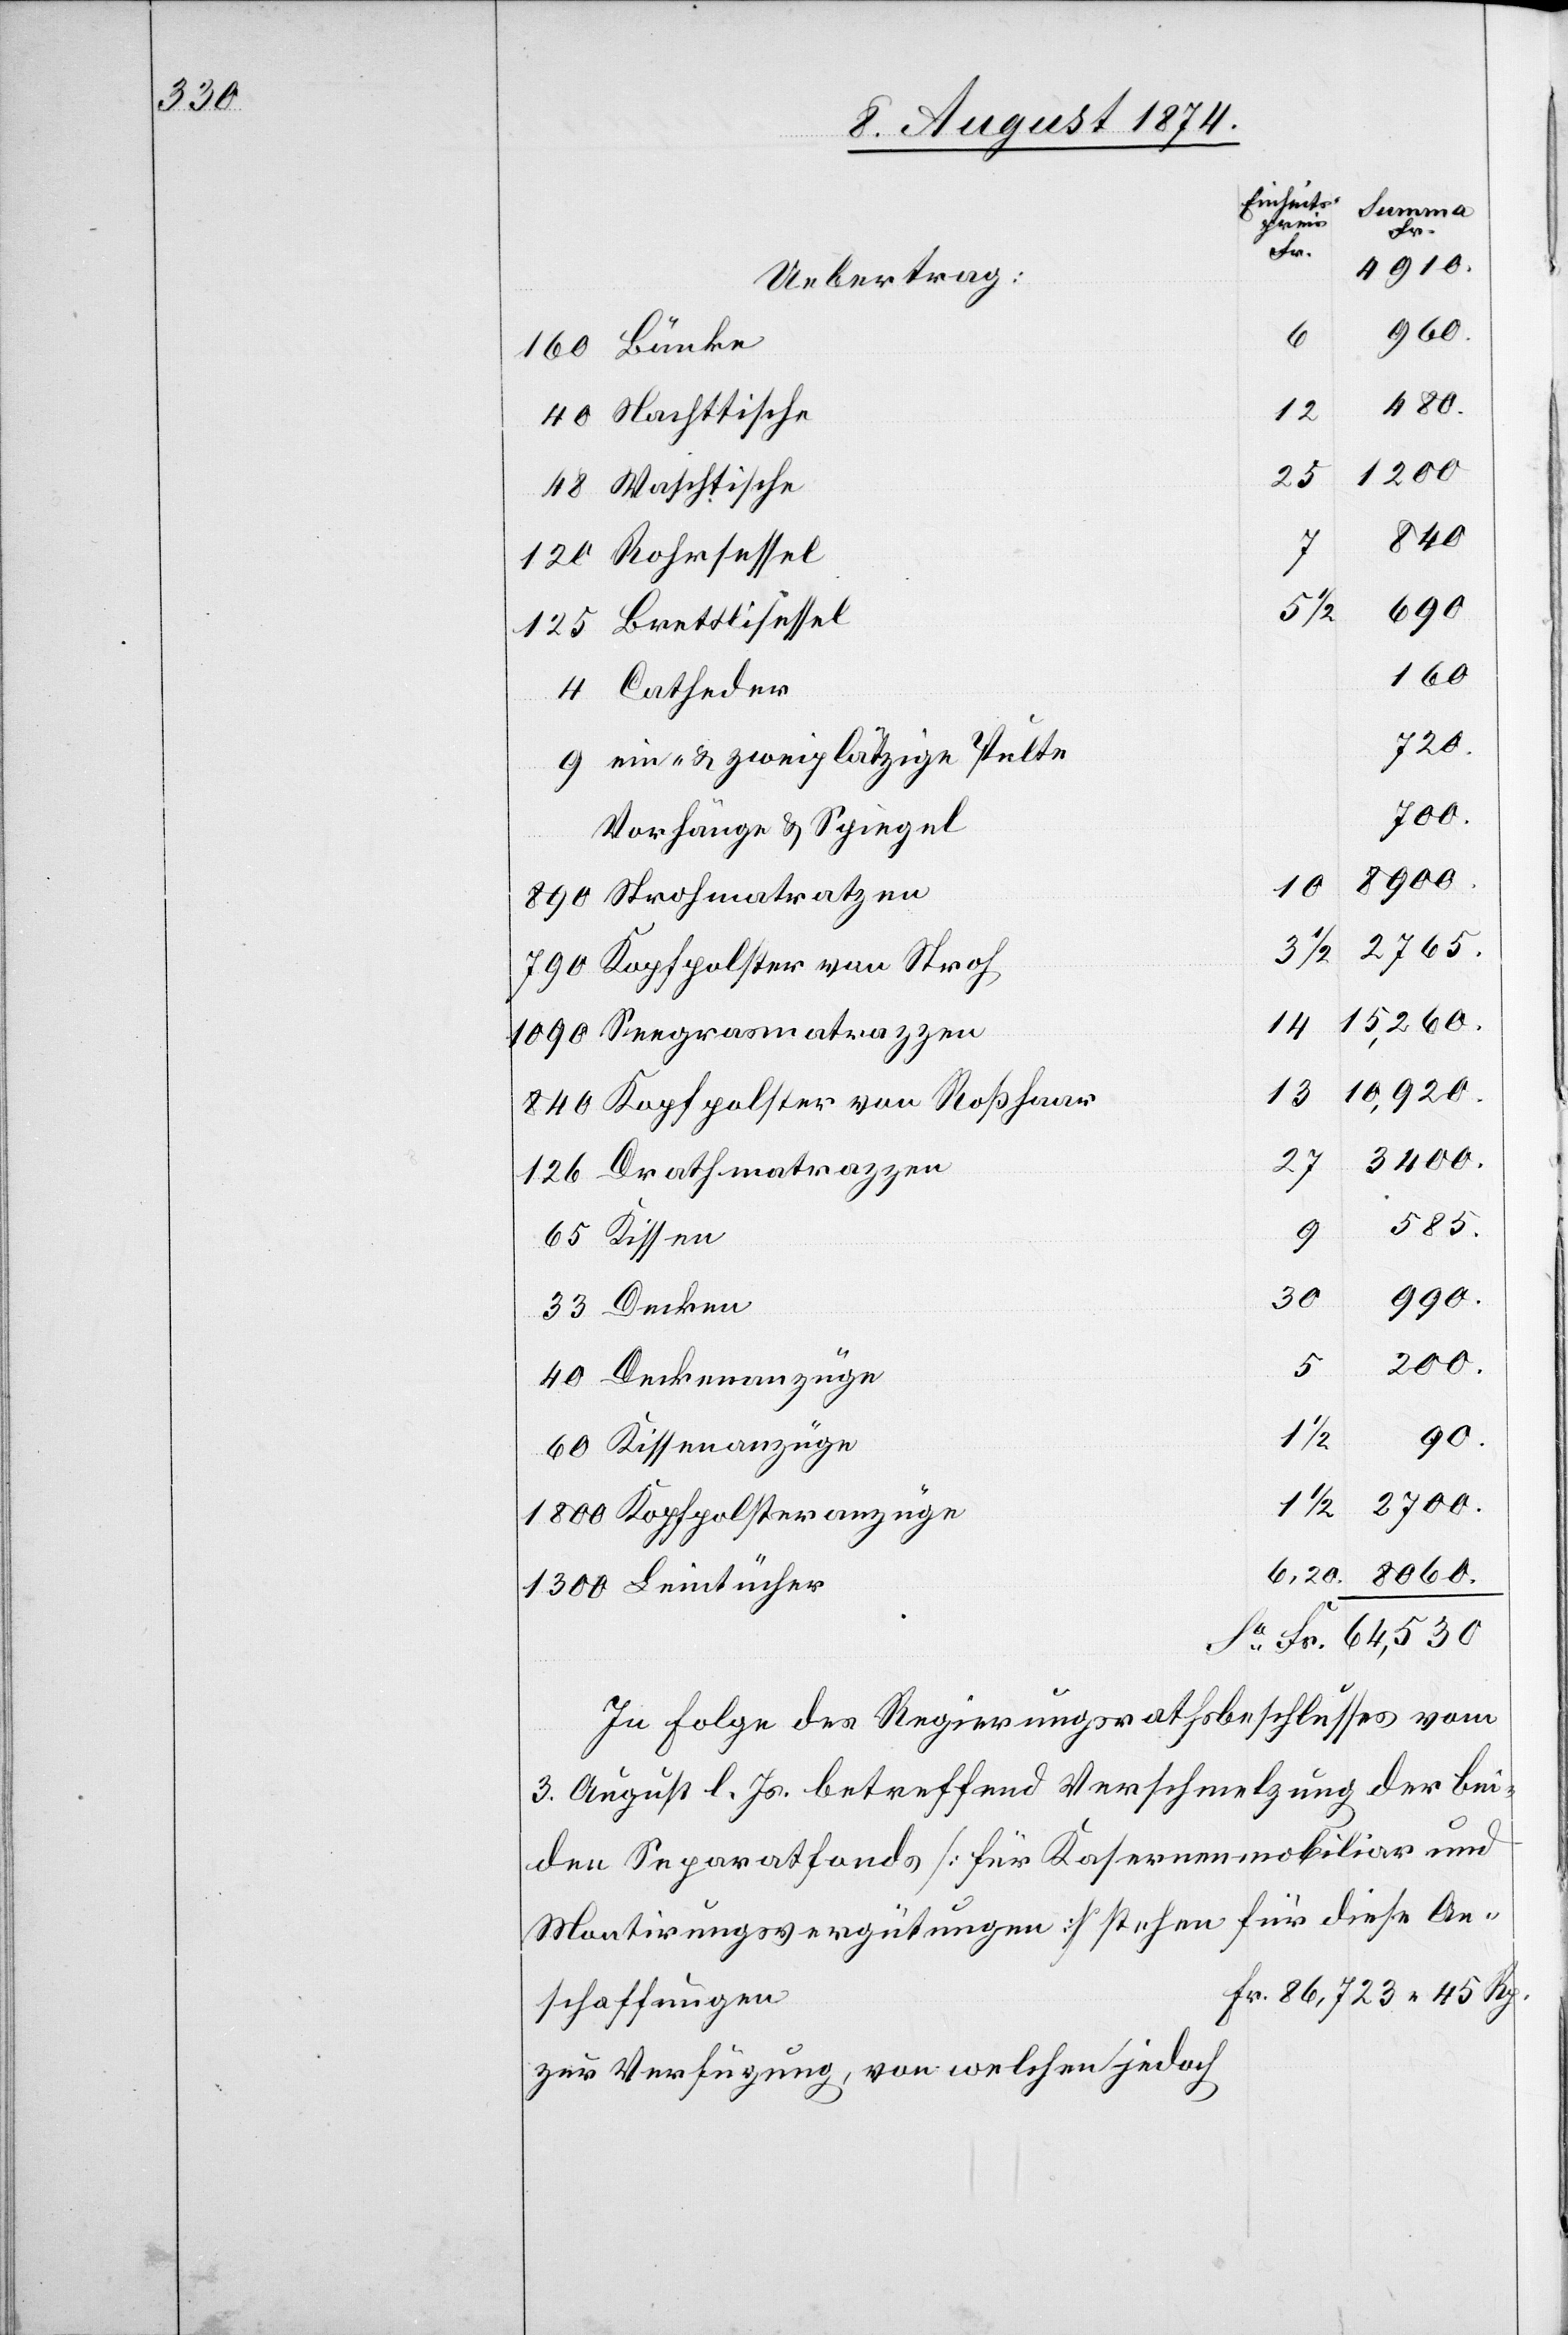
An¬
Fr.
4910
Uebertrag:
960
64,530
1/2
Nachttische
1300
25
Waschtische
40
5
690
45 Rp.
160
720
ein- u. zweiplätzige Pulte
200
Vorhänge u. Spiegel
8900
790
2765
33
Kopfpolster von Stroh
14
10,920
126
Kopfpolster von Roßhaar
27
Drathmatrazzen
585
990
30
90
1
2700
15,260
8060
86,723.
In Folge des Regierungsrathsbeschlusses vom
3. August l. Js. betreffend Verschmelzung der bei¬
den Separatfonds [für Kasernenmobiliar und
Montirungsvergütungen] stehen für diese
schaffungen
zur Verfügung, von welchen jedoch